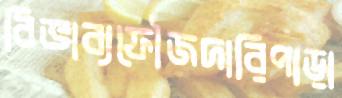
বিভাব্যফৌজদারিপাড়া